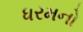
ધરમનો